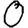
Digit: 0